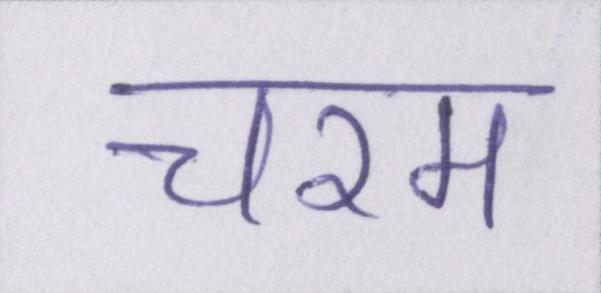
चरम